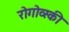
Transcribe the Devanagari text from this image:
रोगोव्स्की